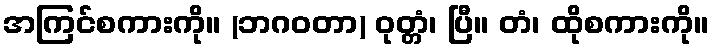
အကြင်စကားကို။ (ဘဂဝတာ) ဝုတ္တံ၊ ပြီ။ တံ၊ ထိုစကားကို။